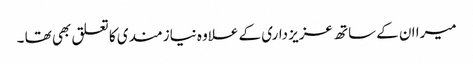
میرا ان کے ساتھ عزیز داری کے علاوہ نیازمندی کا تعلق بھی تھا ۔